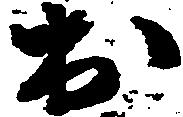
出